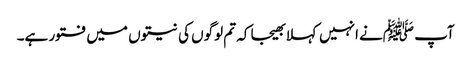
آپ ﷺنے انہیں کہلا بھیجا کہ تم لوگوں کی نیتوں میں فتور ہے۔